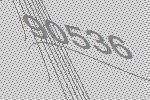
90536